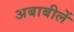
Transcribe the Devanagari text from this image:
अबाबीलें